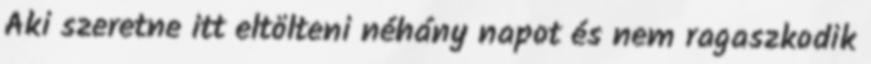
Aki szeretne itt eltölteni néhány napot és nem ragaszkodik